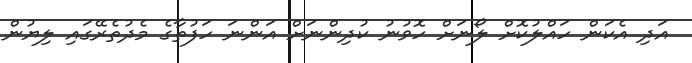
އަދި އެކަން ހައްލުކޮށް ލޯނަށް ހޮވުނު ކުދިންނަށް އަންނަ ހަފުތާގެ މެދުތެރޭގައި ލިޔުން